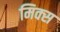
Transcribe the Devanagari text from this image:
मिक्‍स